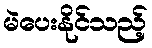
မဲပေးနိုင်သည့်